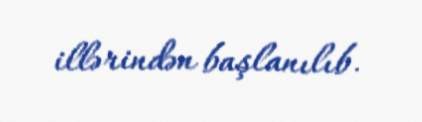
illərindən başlanılıb.